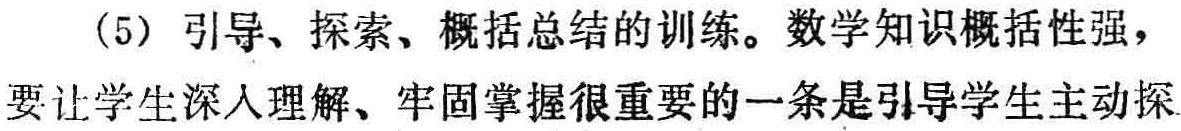
(5) 引导、探索、概括总结的训练。数学知识概括性强，要让学生深入理解、牢固掌握很重要的一条是引导学生主动探